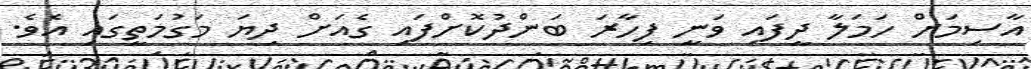
އާސިމަށް ހަމަލާ ދީފައި ވަނީ ފިހާރަ ބަންދުކޮށްފައި ގެއަށް ދިޔަ މަގުމަތީގައި އެވެ.